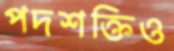
পদশক্তিও